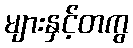
များနှင့်တကွ